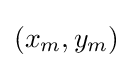
(x_{m},y_{m})